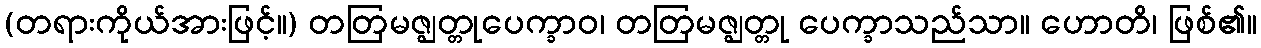
(တရားကိုယ်အားဖြင့်။) တတြမဇ္ဈတ္တုပေက္ခာဝ၊ တတြမဇ္ဈတ္တု ပေက္ခာသည်သာ။ ဟောတိ၊ ဖြစ်၏။